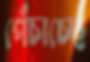
পেঁচাচ্ছে